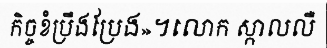
កិច្ចខំប្រឹងប្រែង»។លោក ស្កាលលឺ